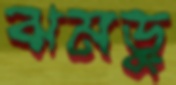
ঝমড়ু